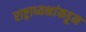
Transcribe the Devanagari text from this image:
राष्ट्राध्यक्षांकडून